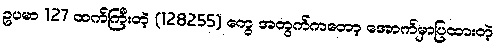
ဥပမာ 127 ထက်ကြီးတဲ့ (128255) တွေ အတွက်ကတော့ အောက်မှာပြထားတဲ့